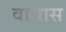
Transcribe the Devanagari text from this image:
वाघास